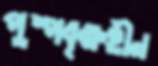
পুষ্পবৃক্ষহীন